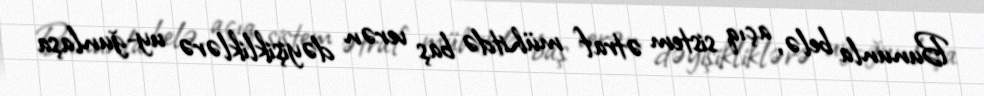
Bununla belə, açıq sistem ətraf mühitdə baş verən dəyişikliklərə uy-ğunlaşa